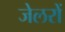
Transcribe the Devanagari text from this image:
जेलरों